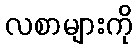
လစာများကို